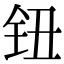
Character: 钮